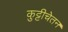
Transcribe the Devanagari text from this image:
कुट्टीचेतन